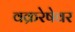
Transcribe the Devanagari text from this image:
वक्ररेषेवर